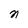
Character: n